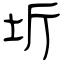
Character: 圻